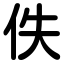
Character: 佚